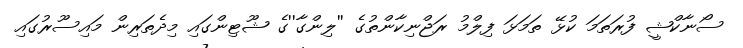
ސޯނާކްޝީ ފުރަތަމަ ކުޅޭ ތަމަޅަ ފިލްމު ރަޖްނިކާންތުގެ ''ލިންގާ''ގެ ޝޫޓިންގައި މިދެތަރިން މައިސޫރުގައި